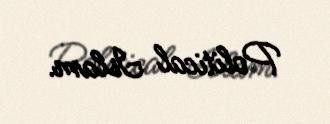
Political Islam.